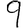
Digit: 9